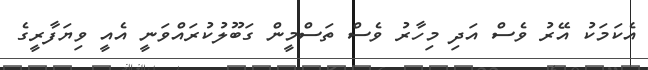
އެކަމަކު އޭރު ވެސް އަދި މިހާރު ވެސް ތަސްމީން ގަބޫލުކުރައްވަނީ އެއީ ވިޔަފާރީގެ